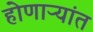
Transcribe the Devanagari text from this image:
होणाऱ्यांत